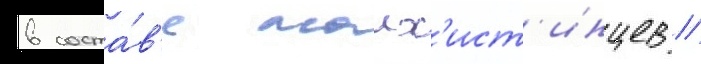
в соста́в'е малх'ист'инцев //